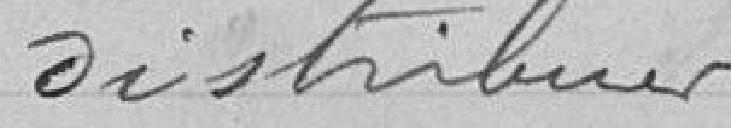
distribuer.